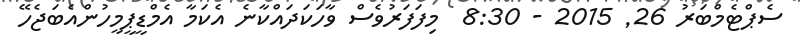
ސެޕްޓެމްބަރު 26